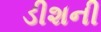
ડીશની